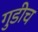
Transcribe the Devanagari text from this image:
गुडीच